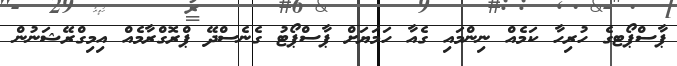
ޕާސްޕޯޓގެ ހުރިހާ ކަމެއް ނިންމައި ގެއާ ހަމަޔަށް ޕާސްޕޯޓު ގެނެސްދޭ ޕްރޮގްރާމެއް އިމިގްރޭޝަނުން